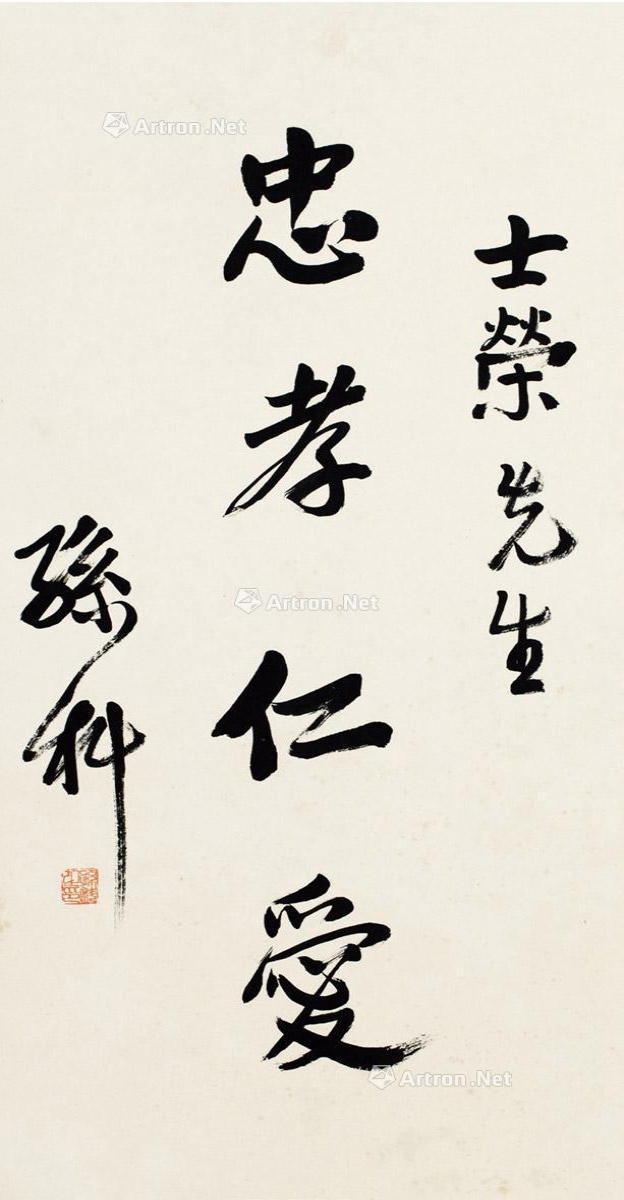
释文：忠孝仁爱。士荣先生。孙科。